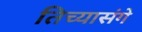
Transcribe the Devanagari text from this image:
तिच्यासंगे